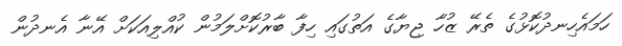
ހަމައެހިނދުކޮޅުގެ ތެރޭ ޒުހާ ޖިޔާގެ އަތުގައި ހިފާ ބާރުކޮށްލަމުން ކުއްލިއަކަށް އޭނާ އެނދުން